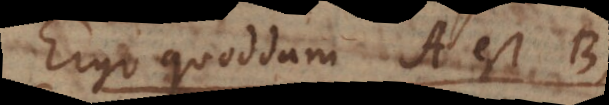
Ergo quoddam A est B.